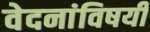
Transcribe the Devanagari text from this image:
वेदनांविषयी